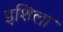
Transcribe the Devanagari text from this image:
इशिला